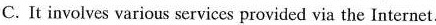
C.It involves various services provided via the Internet.